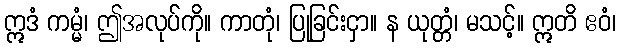
ဣဒံ ကမ္မံ၊ ဤအလုပ်ကို။ ကာတုံ၊ ပြုခြင်းငှာ။ န ယုတ္တံ၊ မသင့်။ ဣတိ ဧဝံ၊